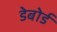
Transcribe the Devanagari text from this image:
डेबोर्ड